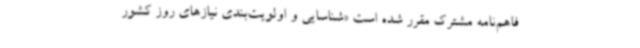
فاهم‌نامه مشترک مقرر شده است «شناسایی و اولویت‌بندی نیازهای روز کشور